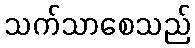
သက်သာစေသည်